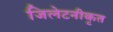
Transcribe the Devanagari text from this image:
जिलेटनीकृत